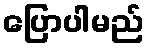
ပြောပါမည်